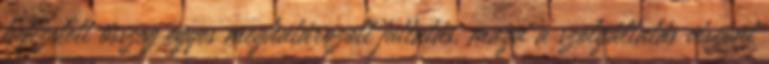
befizetett összeg egyes meghatározott juttatás, maga a szolgáltatás viszont